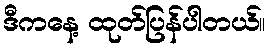
ဒီကနေ့ ထုတ်ပြန်ပါတယ်။